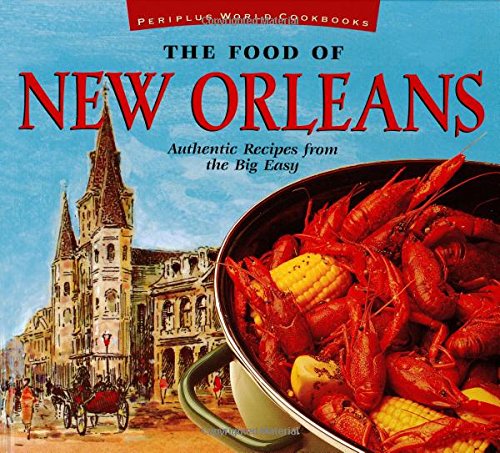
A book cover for The Food of New Orleans: Authentic Recipes from the Big Easy [Cajun & Creole Cookbook, Over 80 Recipes] (Food of the World Cookbooks); John DeMers; Cookbooks, Food & Wine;